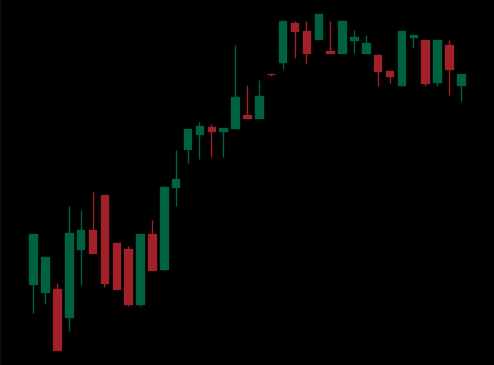
Pattern: bear_flag